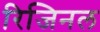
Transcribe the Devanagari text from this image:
रिजिनल